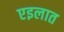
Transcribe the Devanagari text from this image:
एइलात